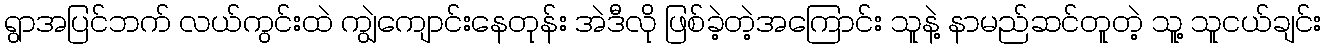
ရွာအပြင်ဘက် လယ်ကွင်းထဲ ကျွဲကျောင်းနေတုန်း အဲဒီလို ဖြစ်ခဲ့တဲ့အကြောင်း သူနဲ့ နာမည်ဆင်တူတဲ့ သူ့ သူငယ်ချင်း